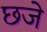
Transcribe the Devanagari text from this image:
छजे